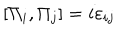
\left[ \Pi _ { i } , \Pi _ { j } \right] = i \varepsilon _ { i j }